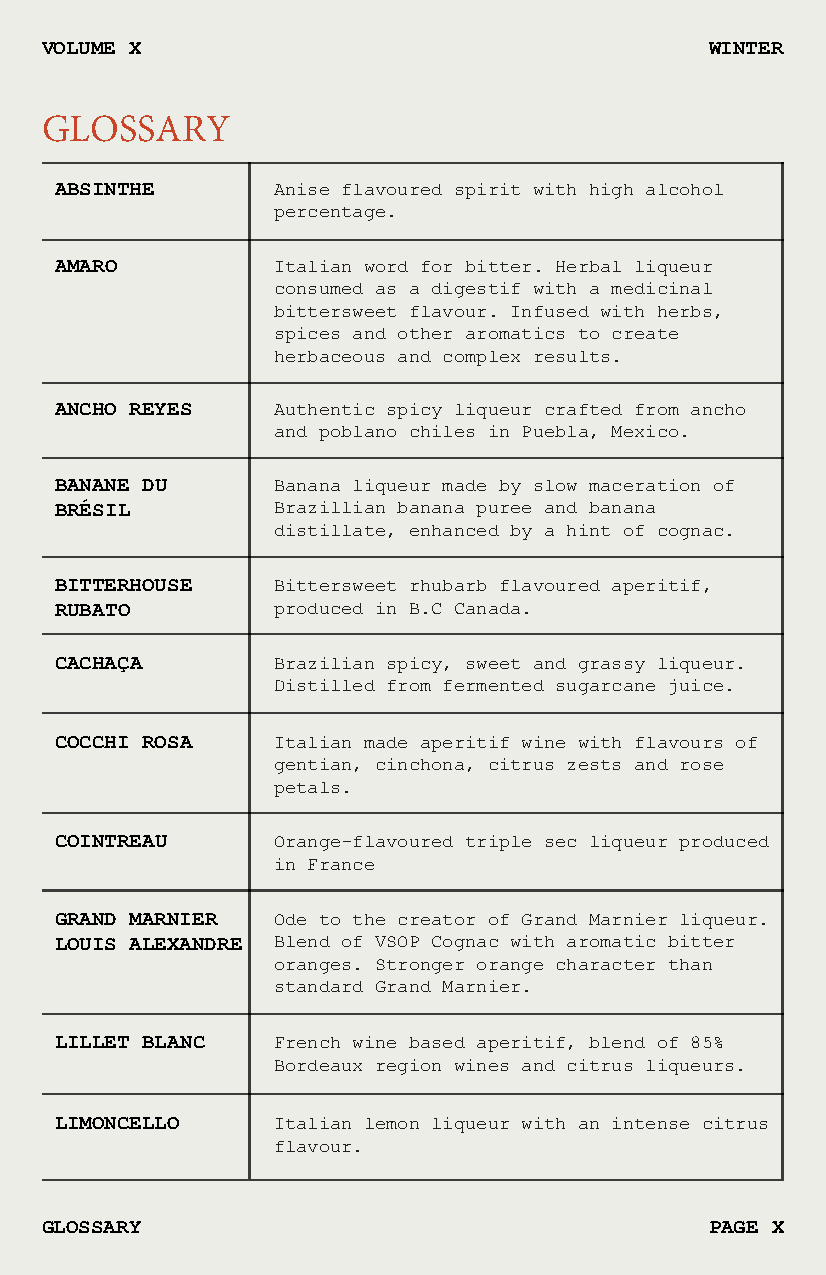
VOLUME X                                    WINTER
 GLOSSARY
 ABSINTHE      Anise flavoured spirit with high alcohol
 percentage.
 AMARO         Italian word for bitter. Herbal liqueur
 consumed as a digestif with a medicinal
 bittersweet flavour. Infused with herbs,
 spices and other aromatics to create
 herbaceous and complex results.
 ANCHO REYES   Authentic spicy liqueur crafted from ancho
 and poblano chiles in Puebla, Mexico.
 BANANE DU     Banana liqueur made by slow maceration of
 BRÉSIL        Brazillian banana puree and banana
 distillate, enhanced by a hint of cognac.
 BITTERHOUSE   Bittersweet rhubarb flavoured aperitif,
 RUBATO        produced in B.C Canada.
 CACHAÇA       Brazilian spicy, sweet and grassy liqueur.
 Distilled from fermented sugarcane juice.
 COCCHI ROSA   Italian made aperitif wine with flavours of
 gentian, cinchona, citrus zests and rose
 petals.
 COINTREAU     Orange-flavoured triple sec liqueur produced
 in France
 GRAND MARNIER Ode to the creator of Grand Marnier liqueur.
 LOUIS ALEXANDRE Blend of VSOP Cognac with aromatic bitter
 oranges. Stronger orange character than
 standard Grand Marnier.
 LILLET BLANC  French wine based aperitif, blend of 85%
 Bordeaux region wines and citrus liqueurs.
 LIMONCELLO    Italian lemon liqueur with an intense citrus
 flavour.
 GLOSSARY                                    PAGE X